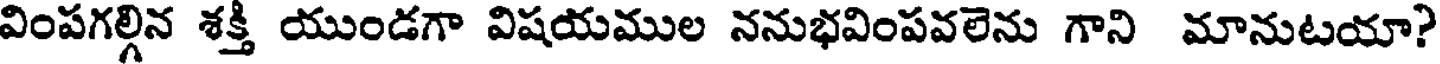
వింపగల్గిన శక్తి యుండగా విషయముల ననుభవింపవలెను గాని మానుటయా?